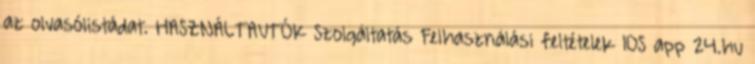
az olvasólistádat. HASZNÁLTAUTÓK Szolgáltatás Felhasználási feltételek IOS app 24.hu